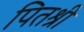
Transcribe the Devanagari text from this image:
पितश्री